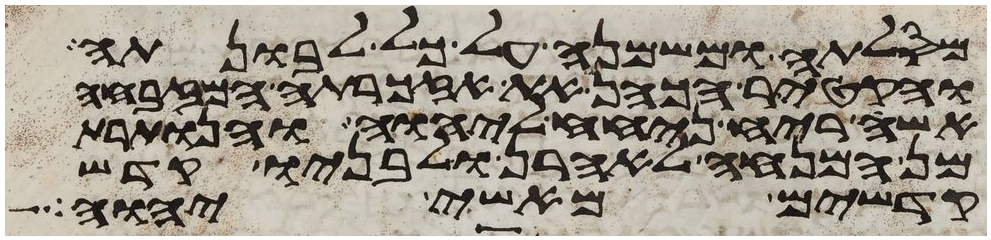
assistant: מסלתה ומשמנה על כל לבונתה
והקטיר הכהן את אזכרתה המזבחה
אשה ריח ניחח ליהוה והנותרת
מן המנחה לאהרן ולבניו קדש
קדשים מאשי יהוה